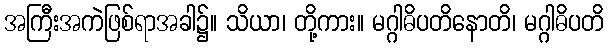
အကြီးအကဲဖြစ်ရာအခါ၌။ သိယာ၊ တို့ကား။ မဂ္ဂါဓိပတိနောတိ၊ မဂ္ဂါဓိပတိ